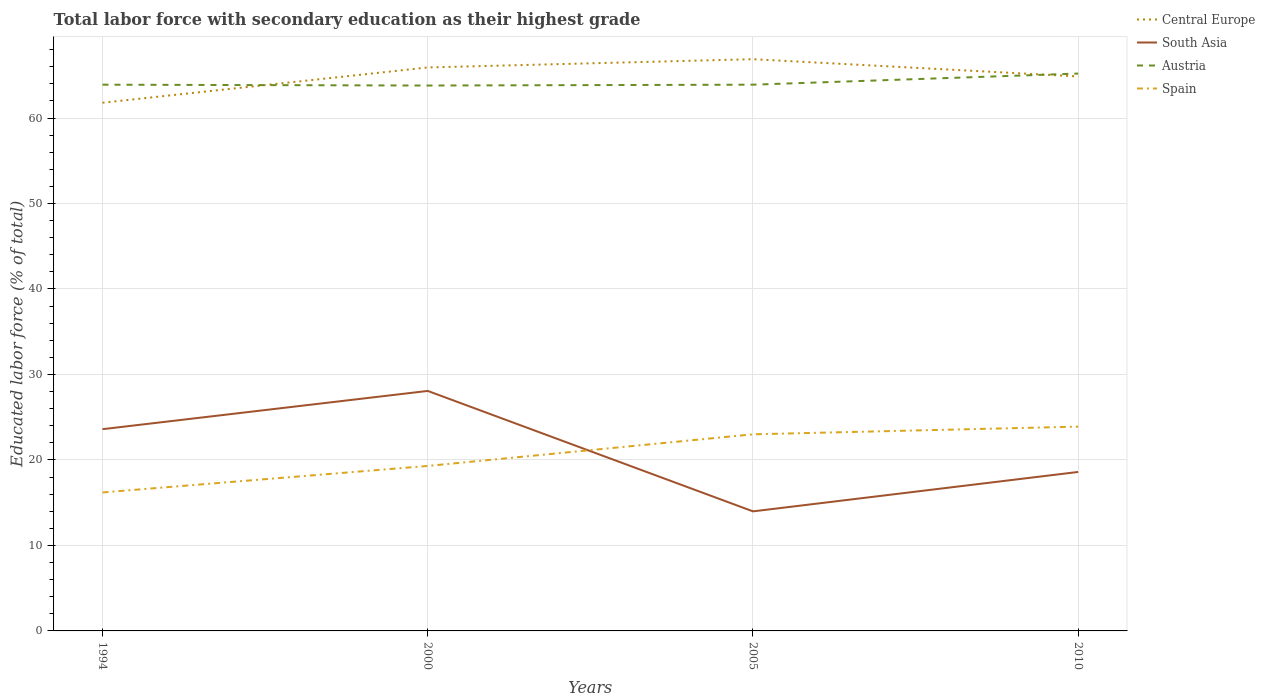
| Years | Central Europe | South Asia | Austria | Spain |
 | --- | --- | --- | --- | --- |
 | 1994 | 61.8 | 23.6 | 63.9 | 16.2 |
 | 2000 | 65.9 | 28.1 | 63.8 | 19.3 |
 | 2005 | 66.9 | 14 | 63.9 | 23 |
 | 2010 | 64.9 | 18.6 | 65.2 | 23.9 |